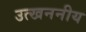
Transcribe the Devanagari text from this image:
उत्खननीय